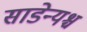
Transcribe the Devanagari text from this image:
साडेन्यश्च